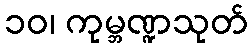
၁၀၊ ကုမ္ဘဏ္ဍသုတ်